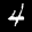
Label: 4